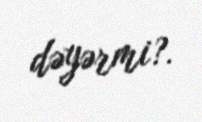
dəyərmi?.